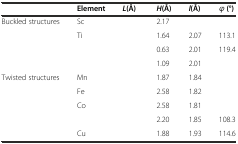
<table><thead><tr><td>[EMPTY_CELL]</td><td><b>Element</b></td><td><b><i>L</i>(Å)</b></td><td><b><i>H</i>(Å)</b></td><td><b><i>l</i>(Å)</b></td><td><b><i>φ</i> (°)</b></td></tr></thead><tbody><tr><td>Buckled structures</td><td>Sc</td><td>[EMPTY_CELL]</td><td>2.17</td><td>[EMPTY_CELL]</td><td>[EMPTY_CELL]</td></tr><tr><td>[EMPTY_CELL]</td><td>Ti</td><td>[EMPTY_CELL]</td><td>1.64</td><td>2.07</td><td>113.1</td></tr><tr><td>[EMPTY_CELL]</td><td>[EMPTY_CELL]</td><td>[EMPTY_CELL]</td><td>0.63</td><td>2.01</td><td>119.4</td></tr><tr><td>[EMPTY_CELL]</td><td>[EMPTY_CELL]</td><td>[EMPTY_CELL]</td><td>1.09</td><td>2.01</td><td>[EMPTY_CELL]</td></tr><tr><td>Twisted structures</td><td>Mn</td><td>[EMPTY_CELL]</td><td>1.87</td><td>1.84</td><td>[EMPTY_CELL]</td></tr><tr><td>[EMPTY_CELL]</td><td>Fe</td><td>[EMPTY_CELL]</td><td>2.58</td><td>1.82</td><td>[EMPTY_CELL]</td></tr><tr><td>[EMPTY_CELL]</td><td>Co</td><td>[EMPTY_CELL]</td><td>2.58</td><td>1.81</td><td>[EMPTY_CELL]</td></tr><tr><td>[EMPTY_CELL]</td><td>[EMPTY_CELL]</td><td>[EMPTY_CELL]</td><td>2.20</td><td>1.85</td><td>108.3</td></tr><tr><td>[EMPTY_CELL]</td><td>Cu</td><td>[EMPTY_CELL]</td><td>1.88</td><td>1.93</td><td>114.6</td></tr></tbody></table>